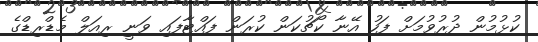
ކުޅުމުން ދުރުވުމަށް ފަހު އޭނާ ކޯޗުކަން ކުރަން ފައްޓާފައި ވަނީ ރިއަލް މެޑްރިޑްގެ